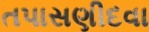
તપાસણીદવા